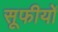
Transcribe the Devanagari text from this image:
सूफीयों